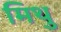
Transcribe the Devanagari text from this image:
मिथु